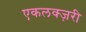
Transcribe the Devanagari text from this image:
एकलक्ज़री